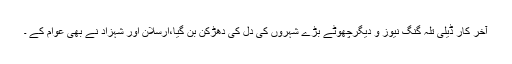
آخر کار ڈیلی تلہ گنگ نیوز و دیگرچھوٹے بڑے شہروں کی دل کی دھڑکن بن گیا،ارسلان اور شہزاد نے بھی عوام کے ۔